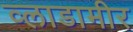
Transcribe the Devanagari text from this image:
व्लाडामीर